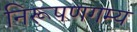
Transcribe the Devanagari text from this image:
निरूपणगम्य